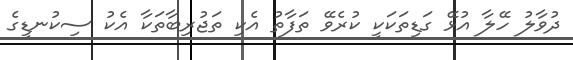
ދުވާލު ހޭލާ އުޅޭ ގަޑިތަކަކީ ކުރެވޭ ތަފާތު އެކި ތަޖުރިބާތަކާ އެކު ސިކުނޑީގެ